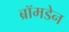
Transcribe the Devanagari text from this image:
ब्रॉमडेन